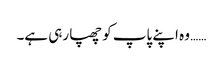
…… وہ اپنے پاپ کو چھپا رہی ہے۔